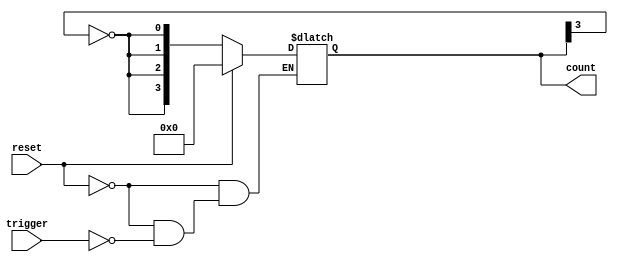
module async_johnson_counter (
    input wire reset,        // Asynchronous reset signal
    input wire trigger,      // Trigger signal to advance the counter
    output reg [3:0] count   // 4-bit output for the counter
);

// Sequential logic to implement the Johnson counter
always @(*) begin
    if (reset) begin
        count = 4'b0000; // Reset the counter to 0000
    end else if (trigger) begin
        // Johnson Counter Logic
        count[0] = ~count[3]; // D0 gets the inverted output of Q3
        count[1] = count[0];   // D1 gets Q0
        count[2] = count[1];   // D2 gets Q1
        count[3] = count[2];   // D3 gets Q2
    end
end

endmodule